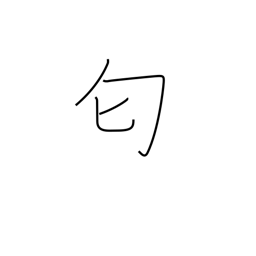
Meaning: stink